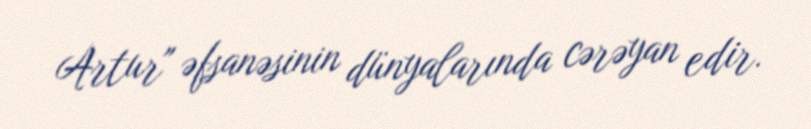
Artur" əfsanəsinin dünyalarında cərəyan edir.